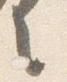
言